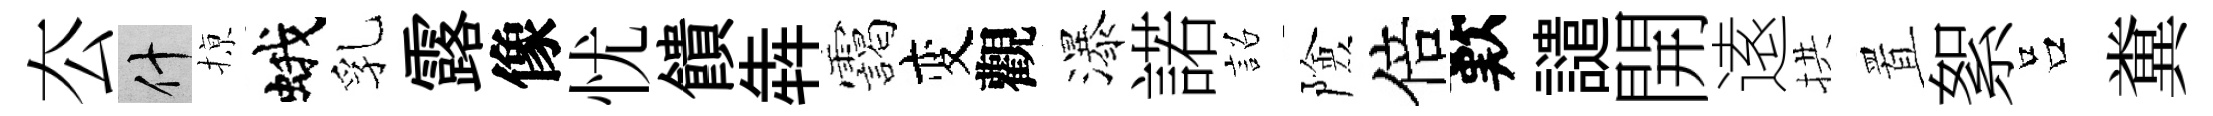
厺什𢱊蛾乳露像忧饋犇靄变觀瀑諾詔險倍歎譴開逺拱置絮吕糞